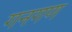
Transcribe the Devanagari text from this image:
गनगण